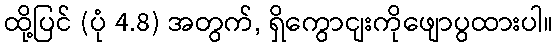
ထို့ပြင် (ပုံ 4.8) အတွက်, ရှိကွောငျးကိုဖျောပွထားပါ။